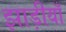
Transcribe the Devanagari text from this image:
झाड़ीयाँ